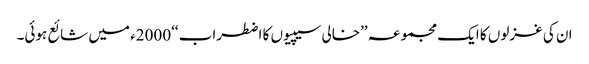
ان کی غزلوں کا ایک مجموعہ ’’خالی سیپیوں کا اضطراب ‘‘2000ء میں شائع ہوئی۔